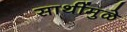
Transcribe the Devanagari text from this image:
साथींमुळे